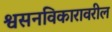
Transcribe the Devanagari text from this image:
श्वसनविकारावरील